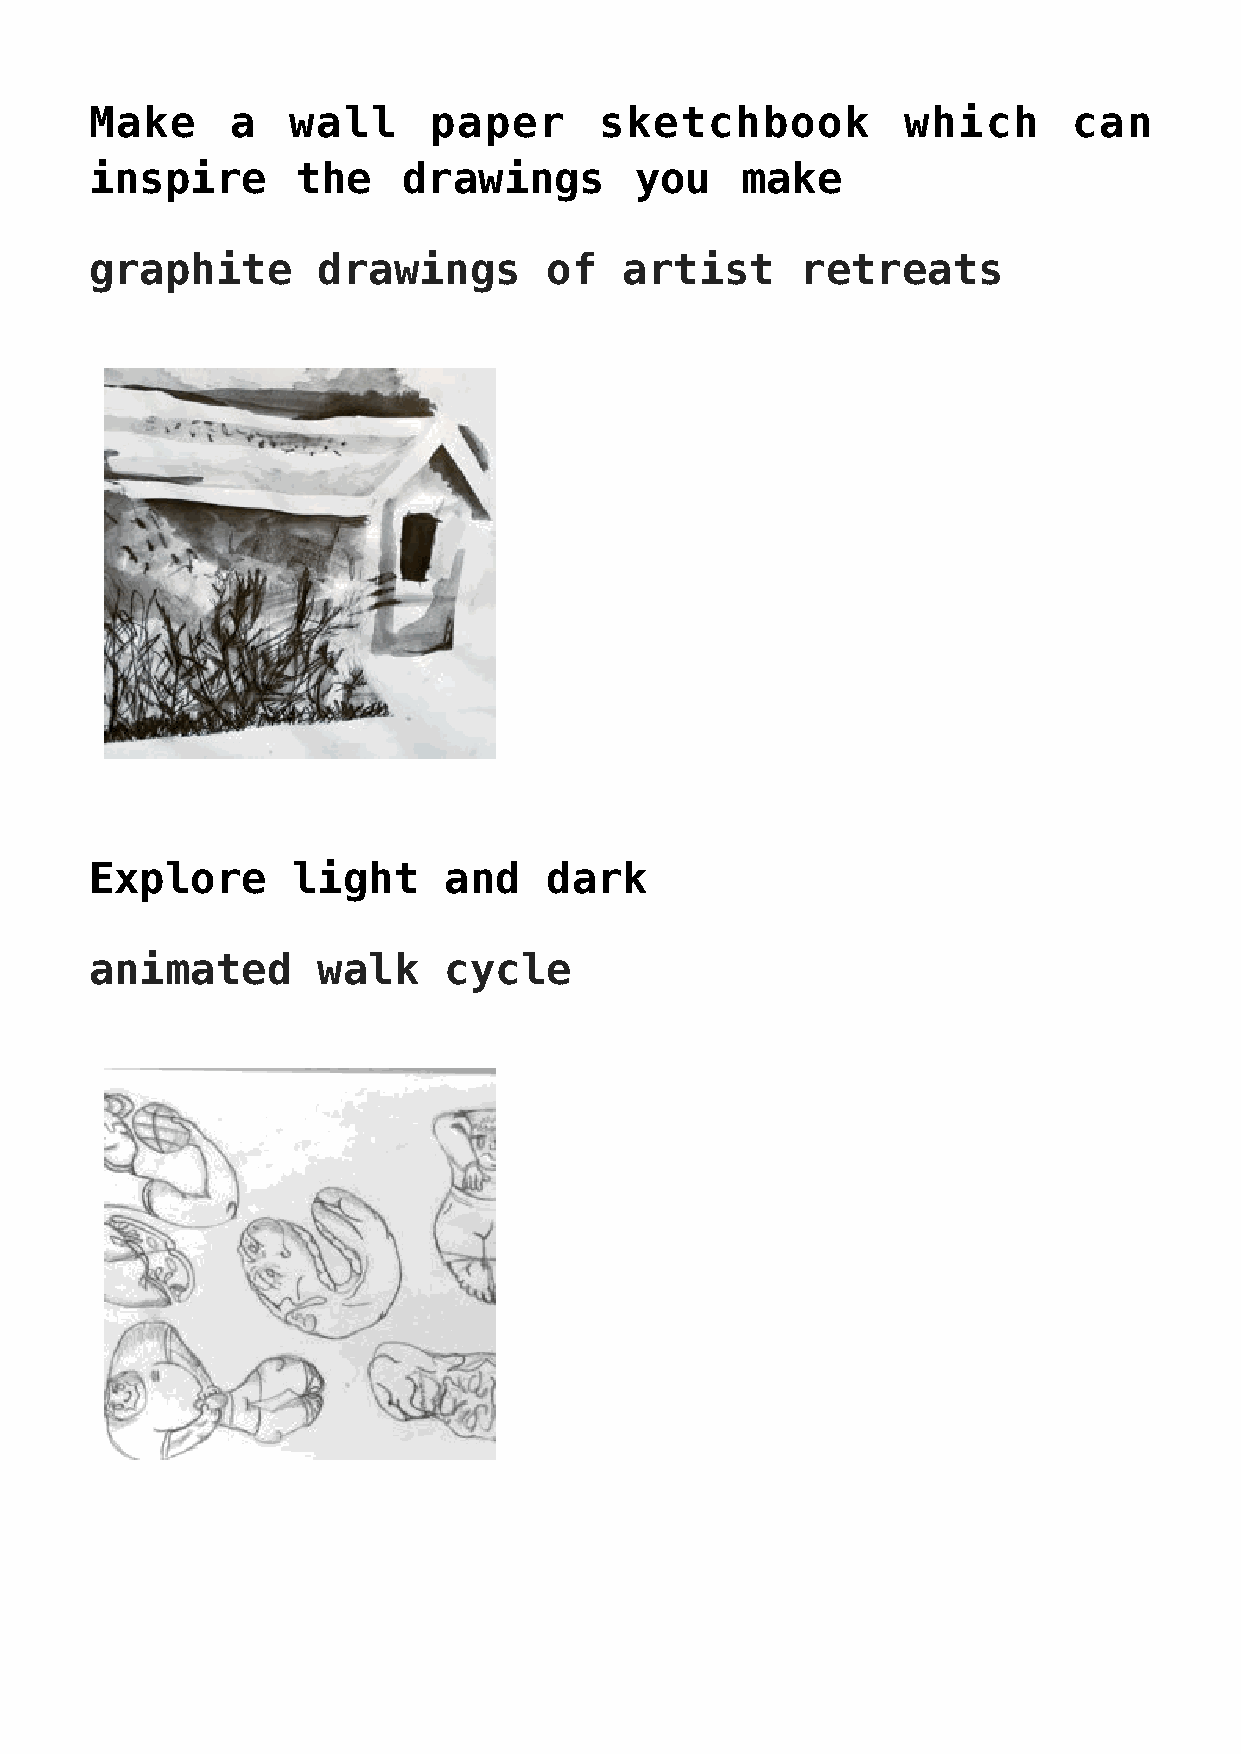
Make     a   wall     paper       sketchbook          which      can
 inspire       the    drawings       you    make
 graphite       drawings       of   artist      retreats
 Explore      light     and    dark
 animated       walk    cycle